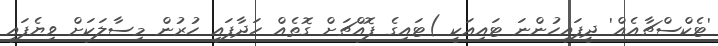
'ޓެކްސްޗާއެއް' ދީފައިހުންނަ ޓައިއަކީ )ޓައިގެ ފޮއްޗަށް ގޮތެއް ހަދާފައި ހުރުން މިސާލަކަށް ވިޔެފައި